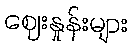
ဈေးနှုန်းများ